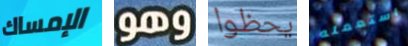
الإمساك وهو يحظوا استعمله